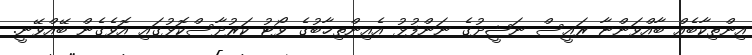
އިންތިކާބެއް ބާއްވަންޏާ ރައީސް ނަޝީދުގެ ނަންފުޅު އެއިންތިޚާބުގެ ވޯޓު ކަރުދާސްކޮޅުގައި އޮވެގެން ބޭއްވޭނީ.